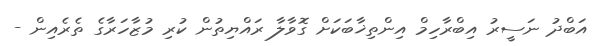
އަބްދު ނަސީރު އިބްރާހިމް އިންތިޚާބަކަށް ގޮވާލާ ރައްޔިތުން ކުރި މުޒާހަރާގެ ތެރެއިން -